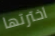
اخترتها